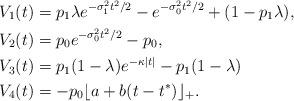
LaTeX: \begin{align*}&V_1(t) = p_1 \lambda e^{-\sigma_1^2t^2/2} - e^{-\sigma_0^2t^2/2} +(1-p_1 \lambda),\\&V_2(t) = p_0 e^{-\sigma_0^2t^2/2} - p_0,\\&V_3(t) = p_1 (1-\lambda) e^{-\kappa|t|} - p_1 (1-\lambda)\\&V_4(t) = -p_0\lfloor a + b(t-t^*)\rfloor_+.\end{align*}